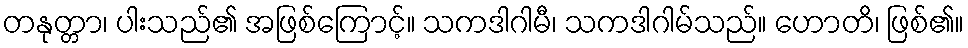
တနုတ္တာ၊ ပါးသည်၏ အဖြစ်ကြောင့်။ သကဒါဂါမီ၊ သကဒါဂါမ်သည်။ ဟောတိ၊ ဖြစ်၏။